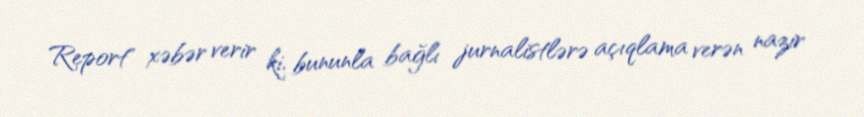
Report" xəbər verir ki, bununla bağlı jurnalistlərə açıqlama verən nazir